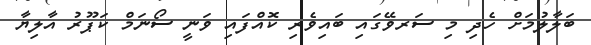
ބަލާލުމަށް ހެދި މި ސަރވޭގައި ބައިވެރި ކޮއްފައި ވަނީ ސޯނަމް ކަޕޫރު އާލިޔާ